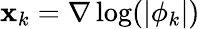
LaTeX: \mathbf{x}_{k}=\nabla\log(|\phi_{k}|)